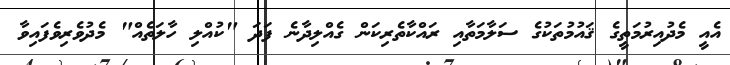
އެއީ މެދުއިރުމަތީގެ ޤައުމުތަކުގެ ސަލާމަތާއި ރައްކާތެރިކަން ގެއްލިދާނެ ފަދަ "ކުއްލި ހާލަތެއް" މެދުވެރިވެފައިވާ